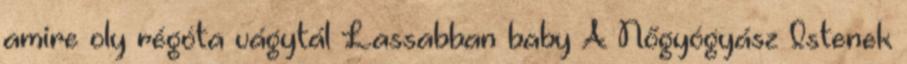
amire oly régóta vágytál Lassabban baby A Nőgyógyász Istenek